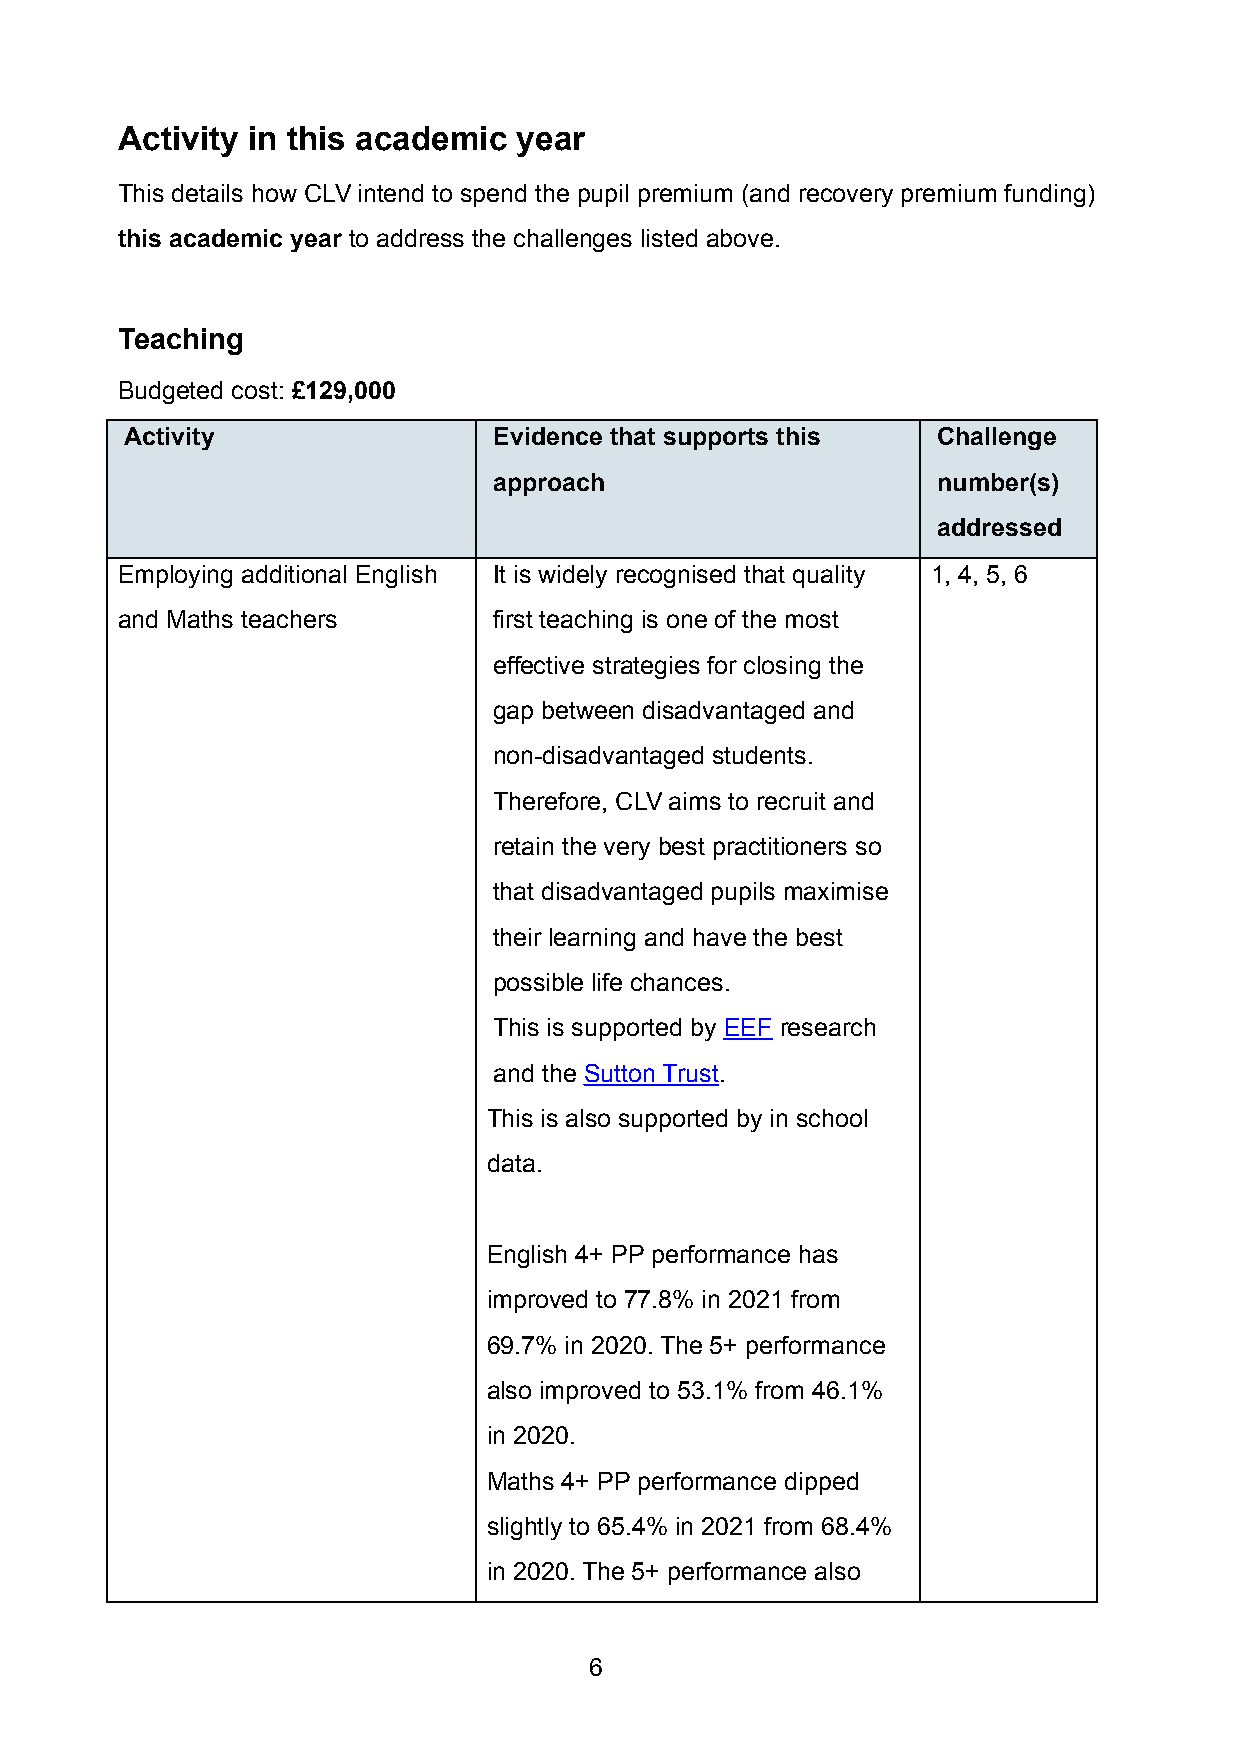
Activity in this academic year
 This details how CLV intend to spend the pupil premium (and recovery premium funding)
 this academic year to address the challenges listed above.
 Teaching
 Budgeted cost: £129,000
 Activity                 Evidence that supports this  Challenge
 approach                     number(s)
 addressed
 Employing additional English It is widely recognised that quality 1, 4, 5, 6
 and Maths teachers       first teaching is one of the most
 effective strategies for closing the
 gap between disadvantaged and
 non-disadvantaged students.
 Therefore, CLV aims to recruit and
 retain the very best practitioners so
 that disadvantaged pupils maximise
 their learning and have the best
 possible life chances.
 This is supported by EEF research
 and the Sutton Trust.
 This is also supported by in school
 data.
 English 4+ PP performance has
 improved to 77.8% in 2021 from
 69.7% in 2020. The 5+ performance
 also improved to 53.1% from 46.1%
 in 2020.
 Maths 4+ PP performance dipped
 slightly to 65.4% in 2021 from 68.4%
 in 2020. The 5+ performance also
 6